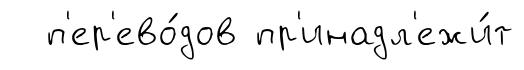
п'ер'ево́дов пр'инадл'ежи́т